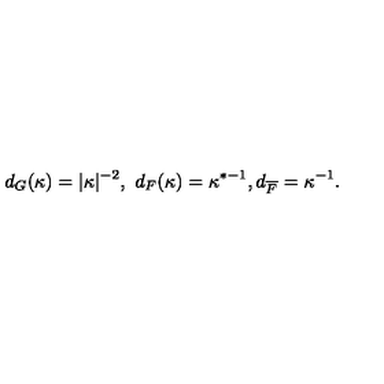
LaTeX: d _ { G } ( \kappa ) = \vert \kappa \vert ^ { - 2 } , \ d _ { F } ( \kappa ) = \kappa ^ { * - 1 } , d _ { \overline { F } } = \kappa ^ { - 1 } .